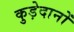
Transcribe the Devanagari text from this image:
कुड़ेदानों